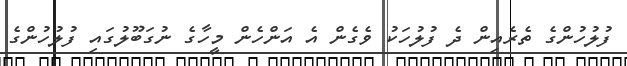
ފުލުހުންގެ ތެރެއިން ދެ ފުލުހަކު ވެގެން އެ އަންހެން މީހާގެ ނުގަބޫލުގައި ފުލުހުންގެ